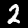
Digit: 2